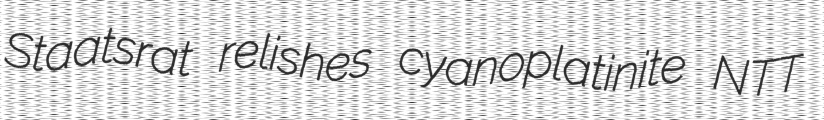
Staatsrat relishes cyanoplatinite NTT